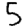
Digit: 5